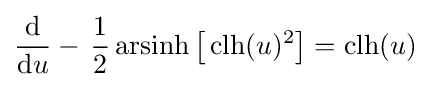
{\frac {\mathrm {d} }{\mathrm {d} u}}-\,{\frac {1}{2}}\operatorname {arsinh} {\bigl [}\operatorname {clh} (u)^{2}{\bigr ]}=\operatorname {clh} (u)